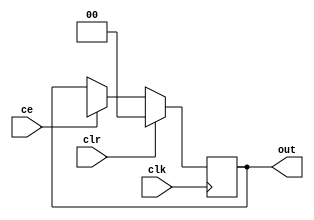
module counter #(
        parameter WIDTH = 0,
        parameter MODULUS = 0
    )(
        input                   clk,
        input                   ce,
        input                   clr,
        output [WIDTH - 1:0]    out
   );
    reg[WIDTH - 1:0] mem = 0;

    always@(posedge clk)
    begin
        if(clr)
            mem[WIDTH - 1:0] <= 0;
        else
        begin
            if(ce)
                mem <= (mem + 1) % MODULUS;
            else
                mem <= mem;
        end
    end
    
    assign out = mem;
endmodule